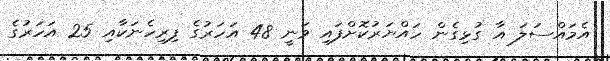
އެމައްސަލަ އާ ގުޅިގެން ހައްޔަރުކޮށްފައި ވަނީ 48 އަހަރުގެ ފިރިހެނަކާއި 25 އަހަރުގެ